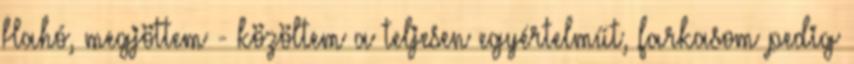
Hahó, megjöttem - közöltem a teljesen egyértelműt, farkasom pedig